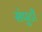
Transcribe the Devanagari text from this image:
संपुटी